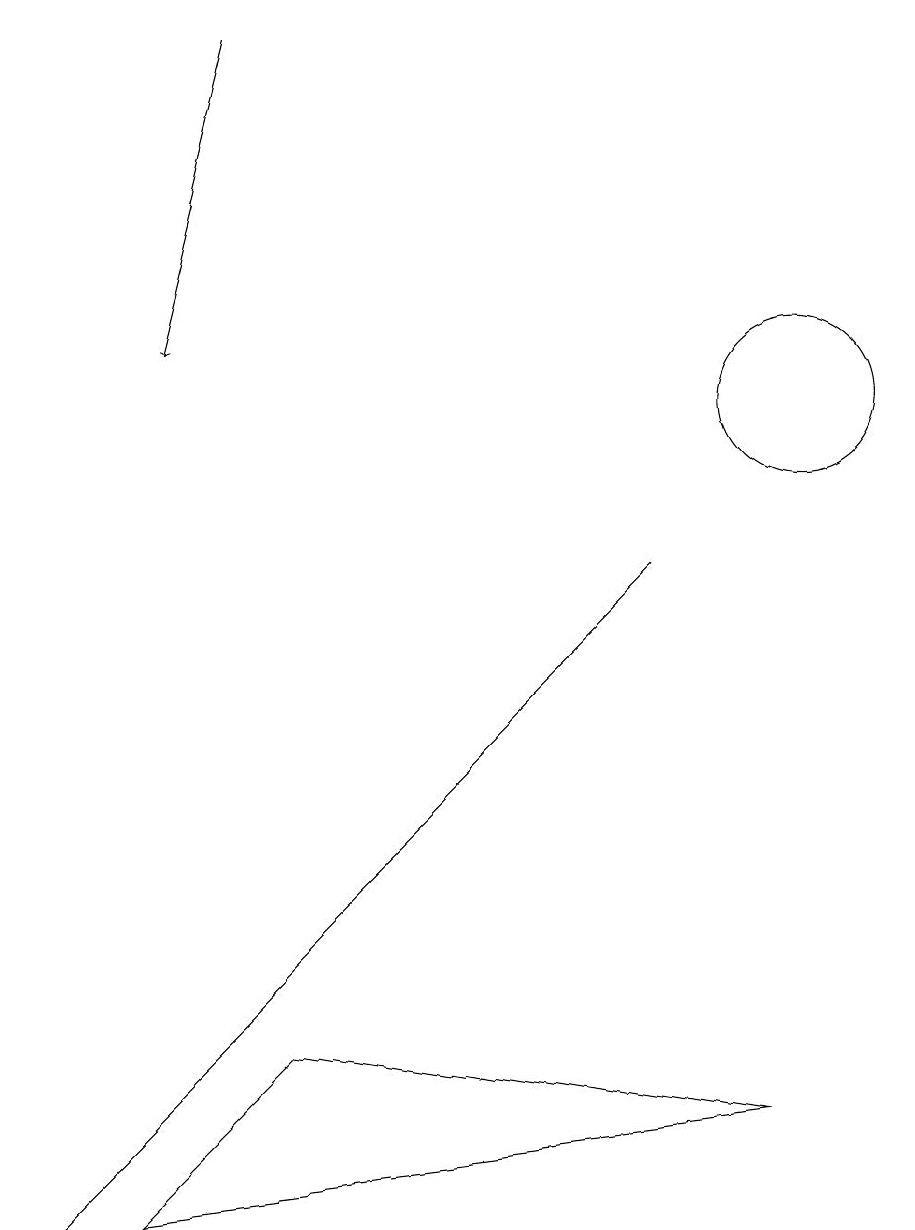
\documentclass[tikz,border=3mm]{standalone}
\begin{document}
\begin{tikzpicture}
\draw (10,10) circle (1);
\draw (3,3) -- (8,8) -- (0,0) -- cycle;
\draw (3,2) -- (1,0) -- (9,1) -- cycle;
\draw[->] (3,15) -- (2,11);
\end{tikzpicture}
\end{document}